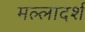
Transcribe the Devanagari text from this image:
मल्लादर्श